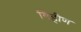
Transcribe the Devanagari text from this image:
विहीण